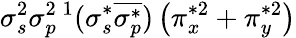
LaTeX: \sigma_{s}^{2}\sigma_{p}^{2}{}\, ^{1}(\sigma_{s}^{*}\overline{{\sigma_{p}^{*}}})\left(\pi_{x}^{*2}+\pi_{y}^{*2}\right)